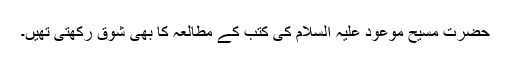
حضرت مسیح موعود علیہ السلام کی کتب کے مطالعہ کا بھی شوق رکھتی تھیں۔